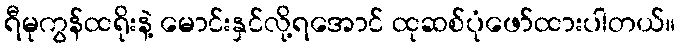
ရီမုကွန်ထရိုးနဲ့ မောင်းနှင်လို့ရအောင် ထုဆစ်ပုံဖော်ထားပါတယ်။